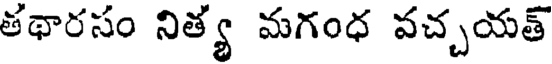
తథారసం నిత్య మగంధ వచ్చయత్